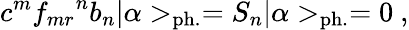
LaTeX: c^{m}{f_{mr}}^{n}b_{n}|\alpha>_{\mathrm{ph.}}=S_{n}|\alpha>_{\mathrm{ph.}}=0~,